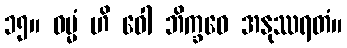
၁၅။ ဓမ္မံ ဟိ ဝေါ ဘိက္ခဝေ အနုဿရတံ။